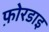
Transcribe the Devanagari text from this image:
फ़ोरडाइ